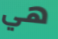
هي